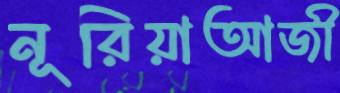
নূরিয়াআজী